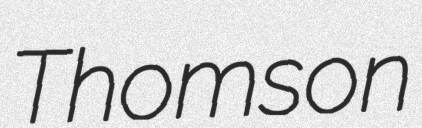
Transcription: Thomson